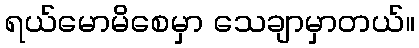
ရယ်မောမိစေမှာ သေချာမှာတယ်။